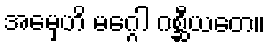
အမှေဟိ မဂ္ဂေါ ဂစ္ဆီယတေ။